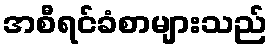
အစီရင်ခံစာများသည်